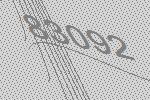
83092